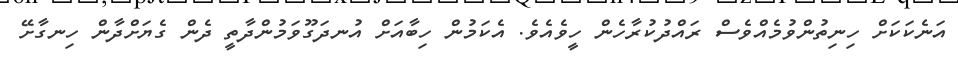
އަނެކަކަށް ހިނިތުންވުމެއްވެސް ރައްދުކުރާހެން ހީވެއެވެ. އެކަމުން ހިބާއަށް އުނދަގޫވަމުންދާތީ ދެން ގެޔަށްދާން ހިނގާށޭ